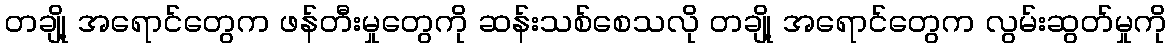
တချို့ အရောင်တွေက ဖန်တီးမှုတွေကို ဆန်းသစ်စေသလို တချို့ အရောင်တွေက လွမ်းဆွတ်မှုကို